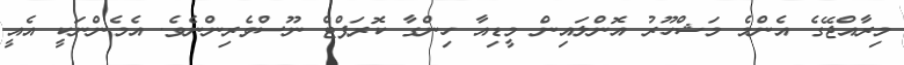
މިރާއްޖޭގެ އެންމެ މަޝްހޫރު އޮންލައިން މީޑިއާ ހިންގާ ކޮރަޕްޓް ނޫސްވެރިންނެވެ. އެެމެންނަކީ އެއީ